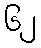
၆၂